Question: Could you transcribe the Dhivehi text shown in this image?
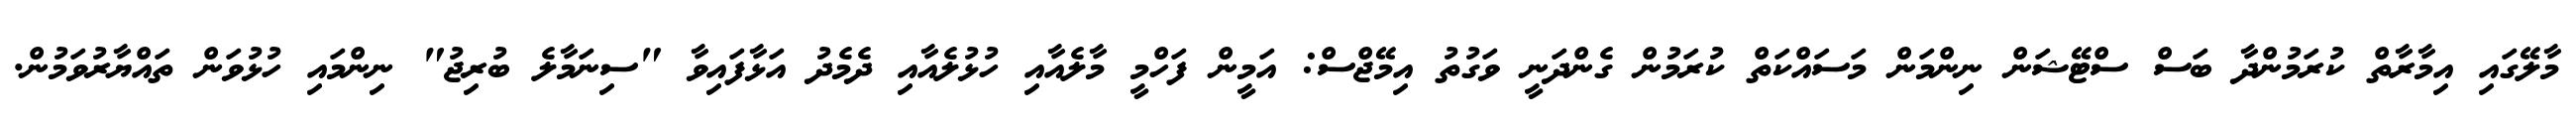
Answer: މާލޭގައި އިމާރާތް ކުރަމުންދާ ބަސް ސްޓޭޝަން ނިންމަން މަސައްކަތް ކުރަމުން ގެންދަނީ ވަގުތު އިމޭޖްސް: އަމީން ފަހްމީ މާލެއާއި ހުޅުލެއާއި ދެމެދު އަޅާފައިވާ "ސިނަމާލެ ބުރިޖު" ނިންމައި ހުޅުވަން ތައްޔާރުވަމުން.